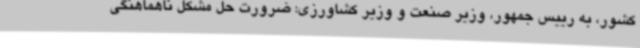
کشور، به رییس جمهور، وزیر صنعت و وزیر کشاورزی: ضرورت حل مشکل ناهماهنگی